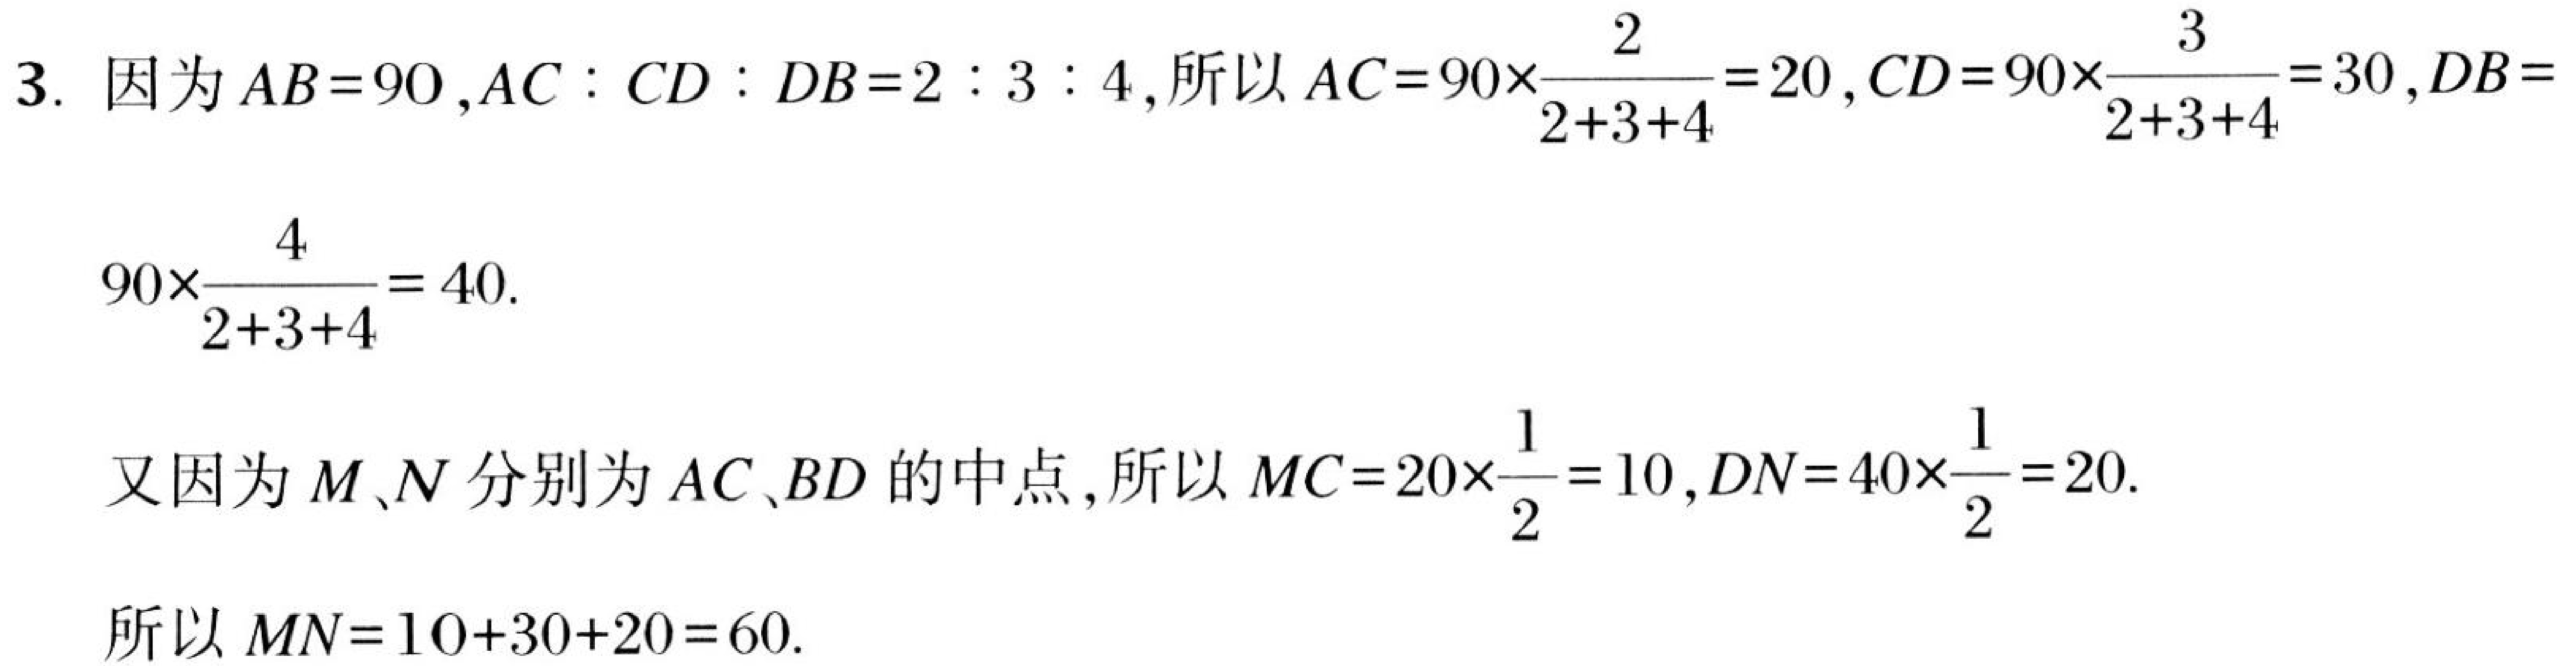
3. 因为\(AB = 90\),\(AC:CD:DB = 2:3:4\),所以\(AC = 90\times\frac{2}{2 + 3+4}=20\),\(CD = 90\times\frac{3}{2 + 3+4}=30\),\(DB = 90\times\frac{4}{2 + 3+4}=40\).
又因为\(M、N\)分别为\(AC、BD\)的中点,所以\(MC = 20\times\frac{1}{2}=10\),\(DN = 40\times\frac{1}{2}=20\).
所以\(MN = 10 + 30+20 = 60\).